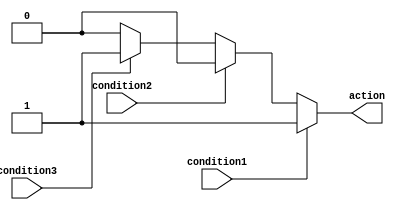
module if_else_block (
    input wire condition1,
    input wire condition2,
    input wire condition3,
    output reg action
);

always @* begin
    if (condition1) begin
        // Perform action for condition1 being true
        action <= 1'b1;
    end else if (condition2) begin
        // Perform action for condition2 being true
        action <= 1'b0;
    end else if (condition3) begin
        // Perform action for condition3 being true
        action <= 1'b1;
    end else begin
        // Perform default action if no conditions are met
        action <= 1'b0;
    end
end

endmodule